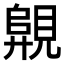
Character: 𧡦